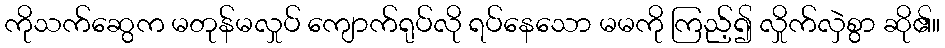
ကိုသက်ဆွေက မတုန်မလှုပ် ကျောက်ရုပ်လို ရပ်နေသော မမကို ကြည့်၍ လှိုက်လှဲစွာ ဆို၏။